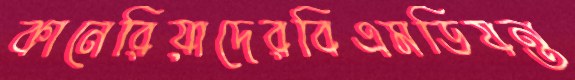
কানেরিয়াদেরবিএমডিযন্ত